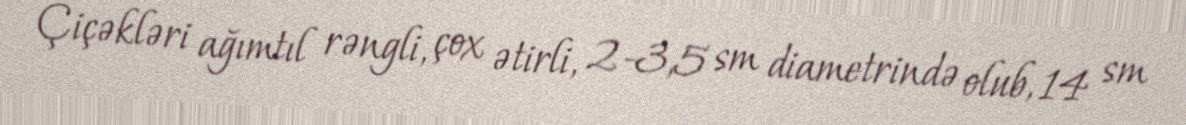
Çiçəkləri ağımtıl rəngli, çox ətirli, 2-3,5 sm diametrində olub, 14 sm